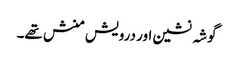
گوشہ نشین اور درویش منش تھے۔